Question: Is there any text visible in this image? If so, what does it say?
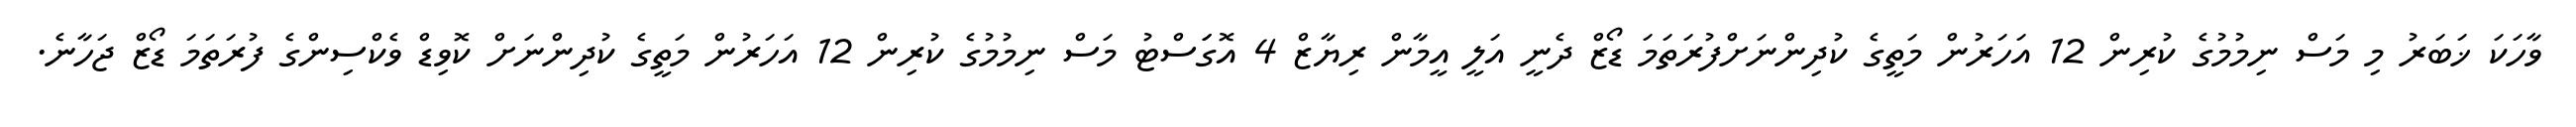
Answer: ވާހަކަ ޚަބަރު މި މަސް ނިމުމުގެ ކުރިން 12 އަހަރުން މަތީގެ ކުދިންނަށްފުރަތަމަ ޑޯޒް ދެނީ އަލީ އީމާން ރިޔާޒް 4 އޮގަަސްޓު މަސް ނިމުމުގެ ކުރިން 12 އަހަރުން މަތީގެ ކުދިންނަށް ކޮވިޑް ވެކްސިންގެ ފުރަތަމަ ޑޯޒް ޖަހާނެ.